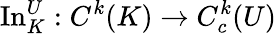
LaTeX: \operatorname{In}_{K}^{U}:C^{k}(K)\to C_{c}^{k}(U)